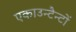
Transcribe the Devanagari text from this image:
एकाउन्टैन्टों